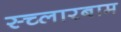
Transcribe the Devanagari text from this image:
स्च्लारबाम